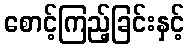
စောင့်ကြည့်ခြင်းနှင့်